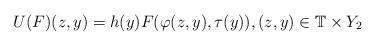
LaTeX: \begin{align*}U(F)(z,y)=h(y)F(\varphi(z,y),\tau(y)),(z,y)\in \mathbb{T}\times Y_2\end{align*}